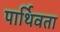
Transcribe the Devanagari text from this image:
पार्थिवता